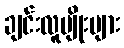
ချင်းလူမျိုးများ